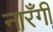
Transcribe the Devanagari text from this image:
नारँगी